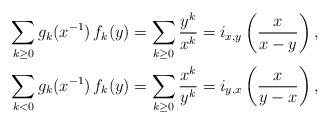
LaTeX: \begin{align*}\sum_{k\ge 0}g_k(x^{-1})\, f_k(y)=\sum_{k\ge 0}\frac{y^{k}}{x^{k}}=i_{x,y}\left(\frac{x}{x-y}\right),\\ \sum_{k<0 } g_k(x^{-1})\, f_k(y)=\sum_{k\ge 0}\frac{x^k}{y^{k}}=i_{y,x}\left(\frac{x}{y-x}\right), \end{align*}